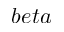
b e t a